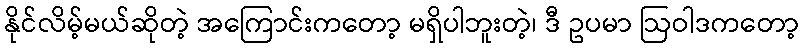
နိုင်လိမ့်မယ်ဆိုတဲ့ အကြောင်းကတော့ မရှိပါဘူးတဲ့၊ ဒီ ဥပမာ ဩဝါဒကတော့